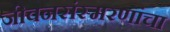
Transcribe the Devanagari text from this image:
जीवनसंस्मरणांचा